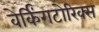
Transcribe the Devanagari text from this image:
वेर्किंगटोरिक्स